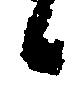
候